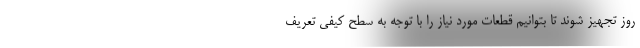
روز تجهیز شوند تا بتوانیم قطعات مورد نیاز را با توجه به سطح کیفی تعریف